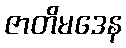
ဇာတိမဒေန